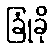
ခြုံခို